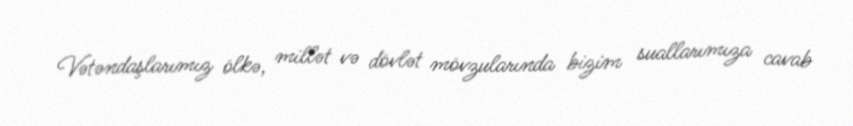
Vətəndaşlarımız ölkə, millət və dövlət mövzularında bizim suallarımıza cavab